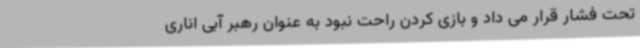
تحت فشار قرار می داد و بازی کردن راحت نبود به عنوان رهبر آبی اناری